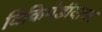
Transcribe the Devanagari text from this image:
विकिपेडीयावर